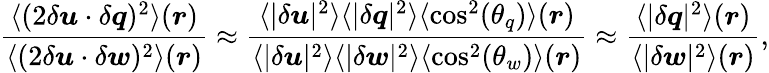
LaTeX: {\frac{\langle(2\delta\boldsymbol{u}\cdot\delta\boldsymbol{q})^{2}\rangle(\boldsymbol{r})}{\langle(2\delta\boldsymbol{u}\cdot\delta\boldsymbol{w})^{2}\rangle(\boldsymbol{r})}\approx\frac{\langle|\delta\boldsymbol{u}|^{2}\rangle\langle|\delta\boldsymbol{q}|^{2}\rangle\langle\mathrm{cos}^{2}(\theta_{q})\rangle(\boldsymbol{r})}{\langle|\delta\boldsymbol{u}|^{2}\rangle\langle|\delta\boldsymbol{w}|^{2}\rangle\langle\mathrm{cos}^{2}(\theta_{w})\rangle(\boldsymbol{r})}\approx\frac{\langle|\delta\boldsymbol{q}|^{2}\rangle(\boldsymbol{r})}{\langle|\delta\boldsymbol{w}|^{2}\rangle(\boldsymbol{r})}},